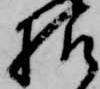
様